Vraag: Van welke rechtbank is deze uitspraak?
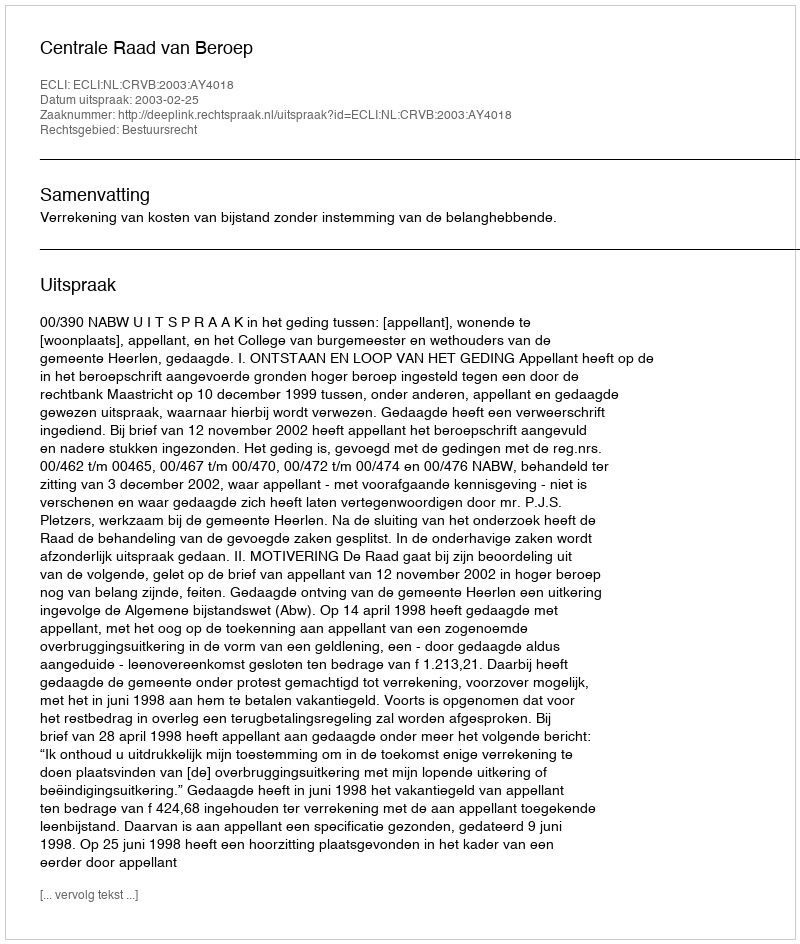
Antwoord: Centrale Raad van Beroep